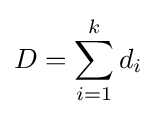
D=\sum _{i=1}^{k}d_{i}